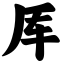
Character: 厍